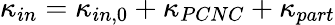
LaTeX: \kappa_{in}=\kappa_{in,0}+\kappa_{PCNC}+\kappa_{part}